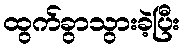
ထွက်ခွာသွားခဲ့ပြီး